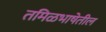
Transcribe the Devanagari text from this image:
तमिळभाषेतील